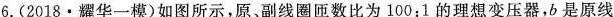
6.(2018·耀华一模)如图所示，原、副线圈匝数比为100:1的理想变压器，b是原线